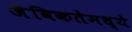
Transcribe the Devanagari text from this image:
जैविकतेमध्ये